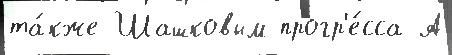
та́кже Шашковым прогр'е́сса А